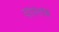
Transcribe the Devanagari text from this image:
वास्तब